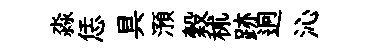
淼恁具澦穀秫跡迥沁